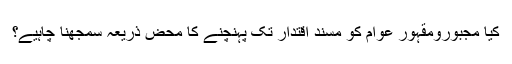
کیا مجبورومقہور عوام کو مسندِ اقتدار تک پہنچنے کا محض ذریعہ سمجھنا چاہیے؟